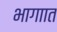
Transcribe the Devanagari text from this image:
भागाात